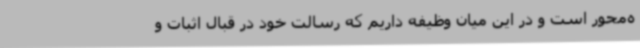
ه‌محور است و در این میان وظیفه‌ داریم که رسالت خود در قبال اثبات و